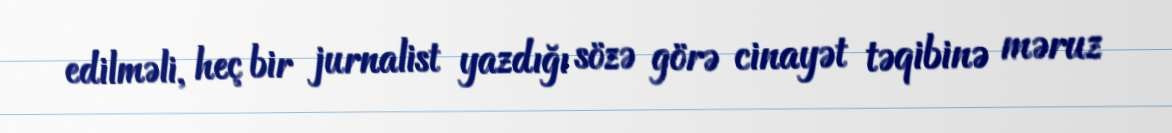
edilməli, heç bir jurnalist yazdığı sözə görə cinayət təqibinə məruz